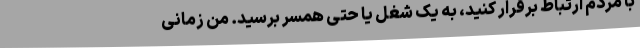
با مردم ارتباط برقرار کنید، به یک شغل یا حتی همسر برسید. من زمانی